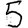
Digit: 5